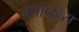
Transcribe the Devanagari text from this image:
अपोज़ल्स